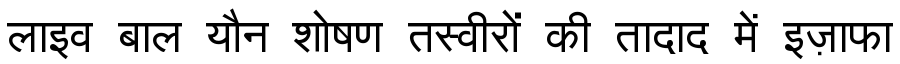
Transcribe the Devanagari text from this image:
लाइव बाल यौन शोषण तस्वीरों की तादाद में इज़ाफा